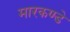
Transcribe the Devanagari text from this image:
मारकण्डे